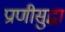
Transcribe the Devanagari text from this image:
प्राणीसुद्धा